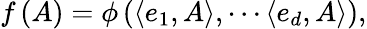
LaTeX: f\left(A\right)=\phi\left(\left\langle e_{1},A\right\rangle,\cdots\left\langle e_{d},A\right\rangle\right),